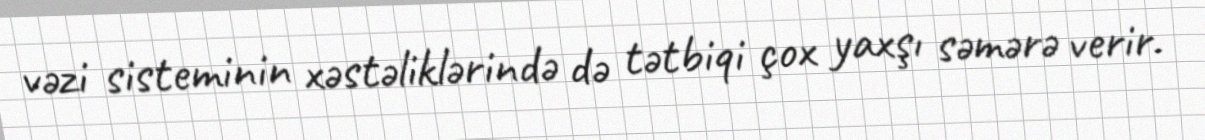
vəzi sisteminin xəstəliklərində də tətbiqi çox yaxşı səmərə verir.